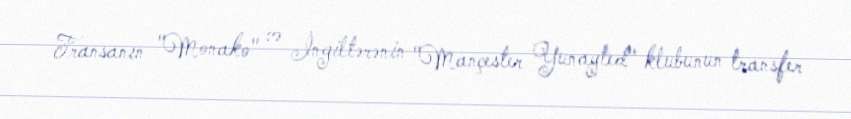
Fransanın "Monako" və İngiltərənin "Mançester Yunayted" klubunun transfer